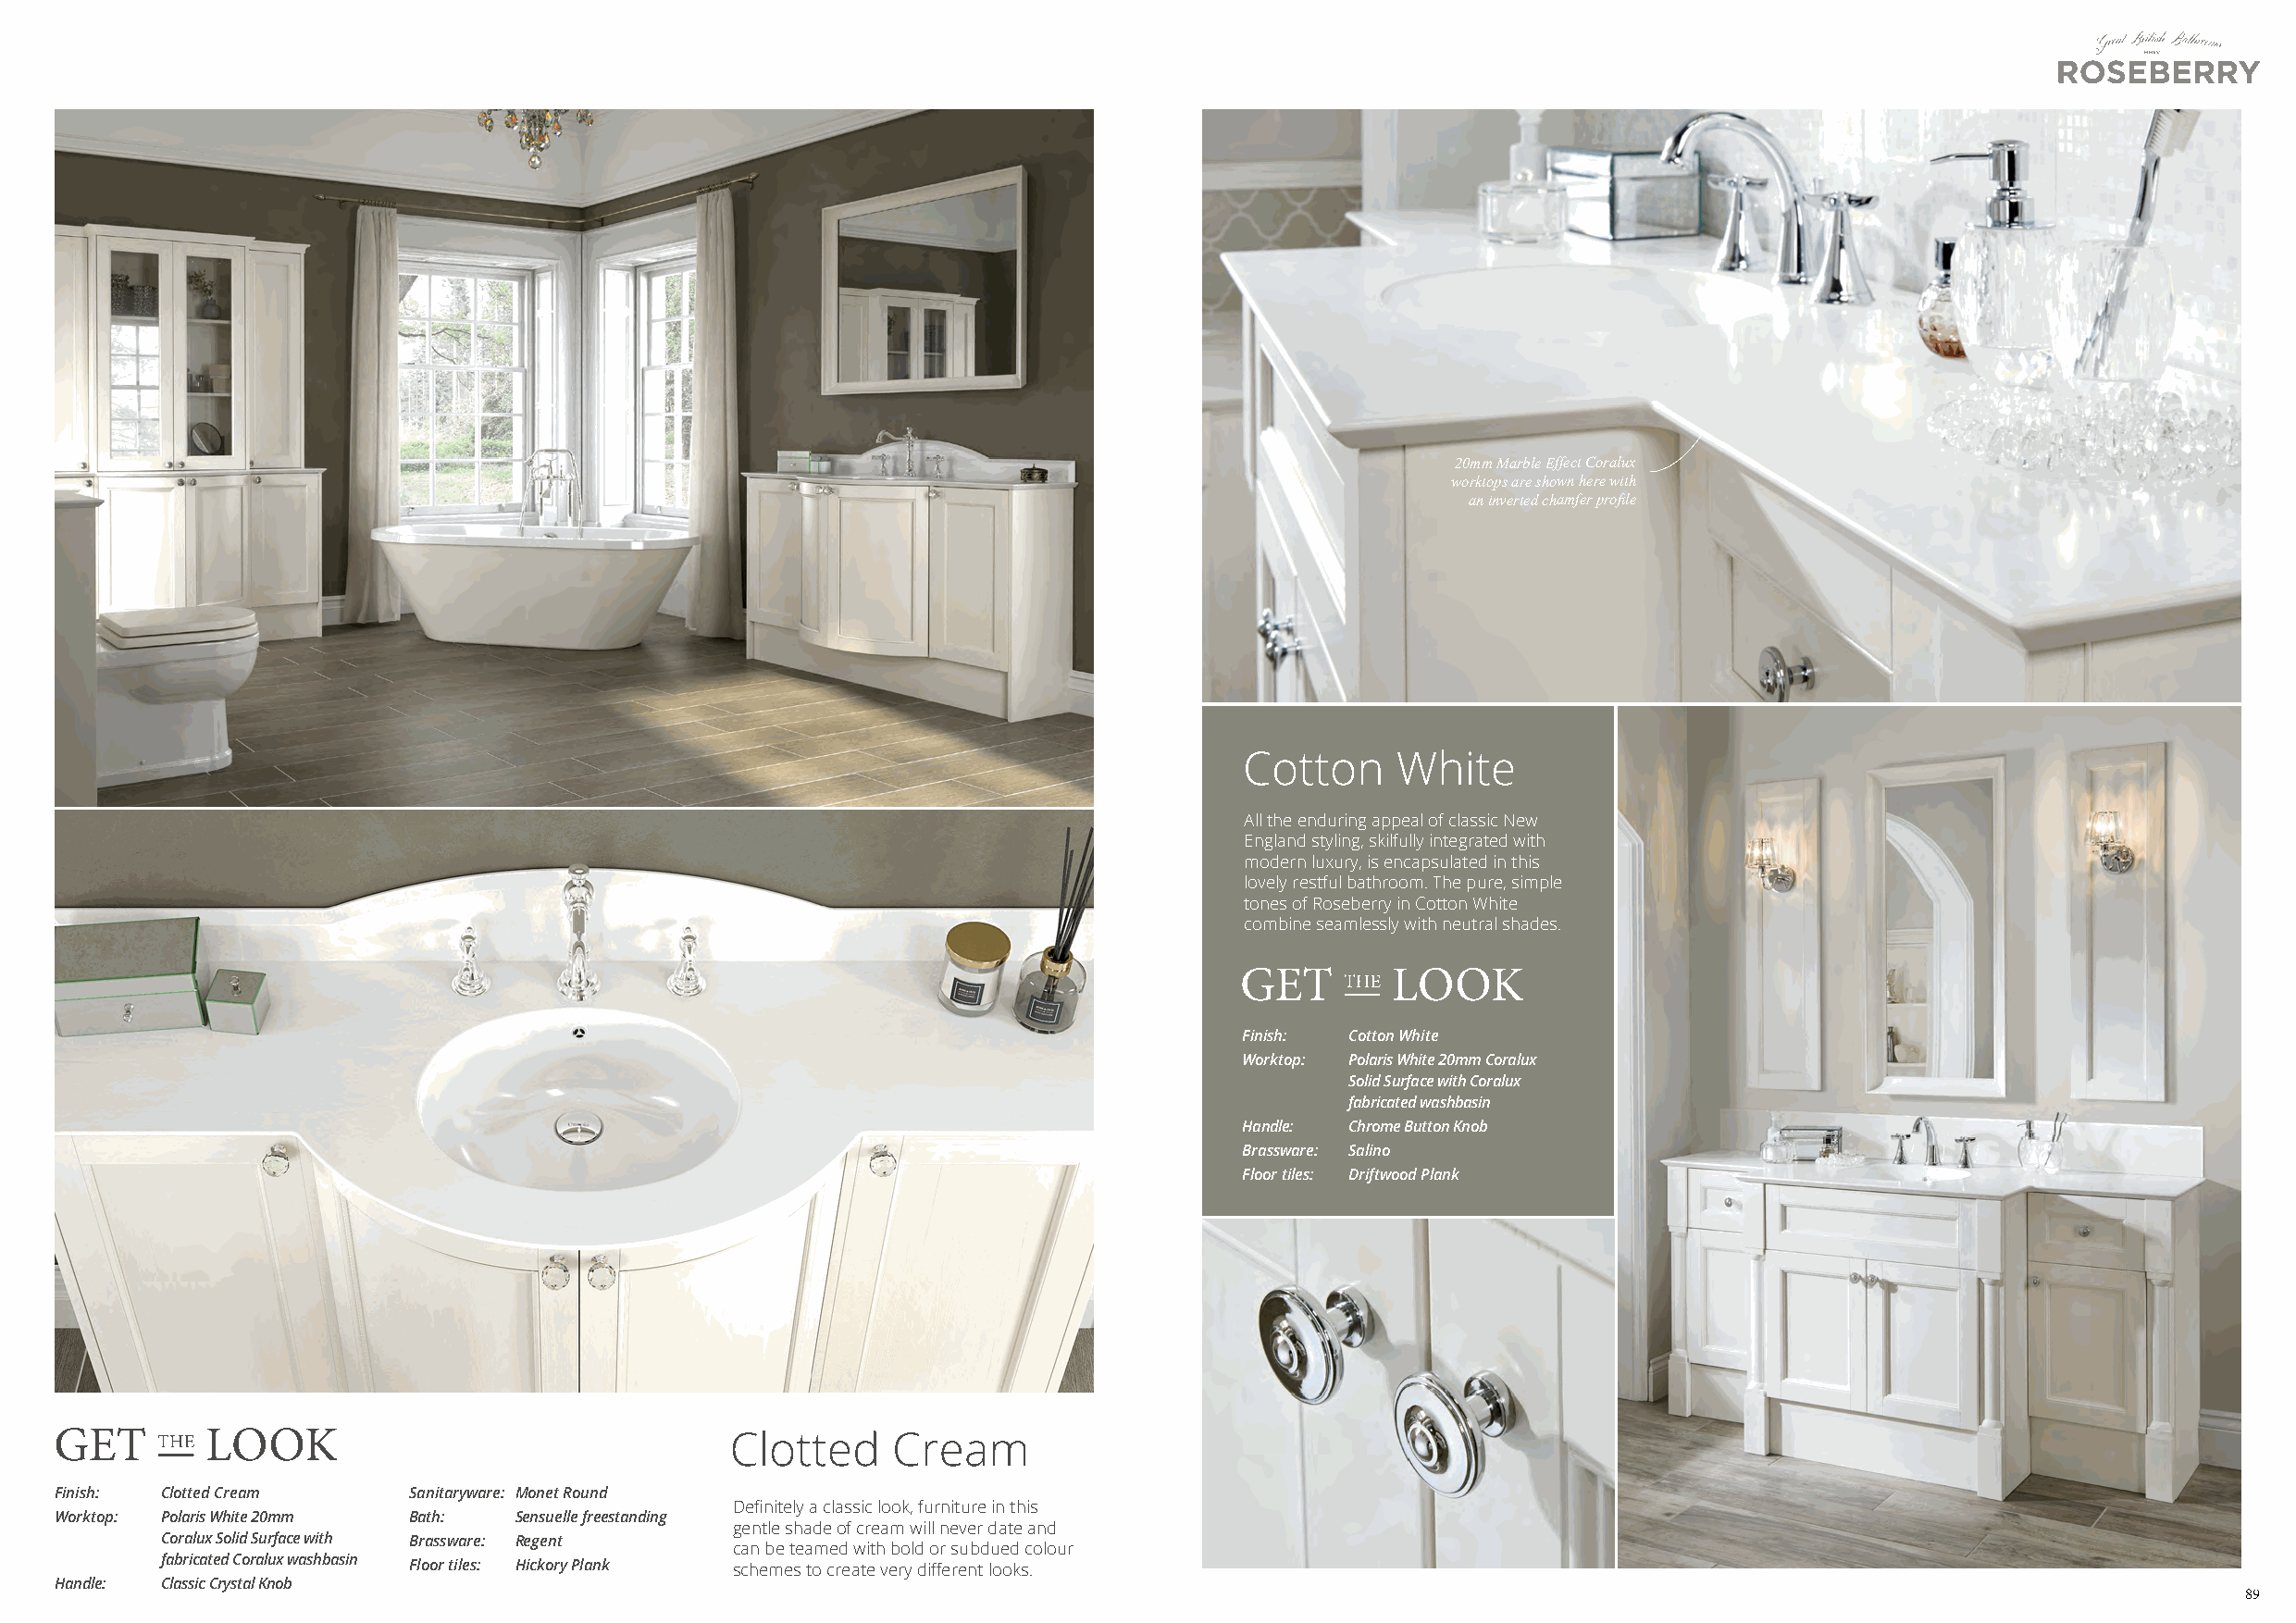
20mm Marble Effect Coralux
 worktops are shown here with
 an inverted chamfer profile
 Cotton     White
 All the enduring appeal of classic New
 England styling, skilfully integrated with
 modern luxury, is encapsulated in this
 lovely restful bathroom. The pure, simple
 tones of Roseberry in Cotton White
 combine seamlessly with neutral shades.
 Finish: Cotton White
 Worktop: Polaris White 20mm Coralux
 Solid Surface with Coralux
 fabricated washbasin
 Handle: Chrome Button Knob
 Brassware: Salino
 Floor tiles: Driftwood Plank
 Clotted     Cream
 Finish: Clotted Cream    Sanitaryware: Monet Round
 Definitely a classic look, furniture in this
 Worktop: Polaris White 20mm Bath: Sensuelle freestanding
 gentle shade of cream will never date and
 Coralux Solid Surface with Brassware: Regent
 can be teamed with bold or subdued colour
 fabricated Coralux washbasin Floor tiles: Hickory Plank schemes to create very different looks.
 Handle: Classic Crystal Knob
 89